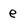
Character: e